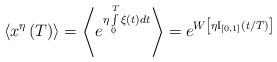
LaTeX: \begin{align*} \langle {x^\eta}\left( T \right) \rangle = \left \langle{e^{\eta\mathop \int \limits_0^T \xi \left( t \right)dt}}\right\rangle = e^{W\left[ {\eta{{\rm{I}}_{\left[ {0,1} \right]}}\left( t/T \right)} \right]}\end{align*}